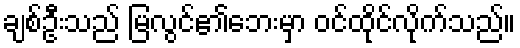
ချစ်ဦးသည် မြလွင်၏ဘေးမှာ ဝင်ထိုင်လိုက်သည်။